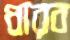
ধারব